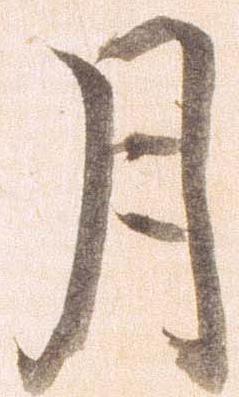
月